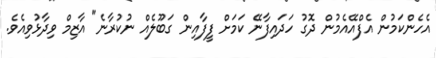
އެހެންކަމުން އެފްއޭއެމުން ދޮގު ހަދައިފާނޭ ކަމަށް ފީފާއިން ގަބޫލެއް ނުކުރާނެ" އާޒިމް ވިދާޅުވިއެވެ.